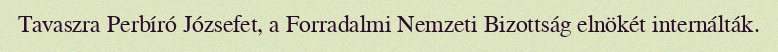
Tavaszra Perbíró Józsefet, a Forradalmi Nemzeti Bizottság elnökét internálták.